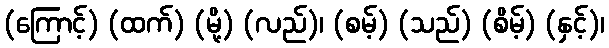
(ကြောင့်) (ထက်) (မို့) (လည်)၊ (စမ့်) (သည်) (စိမ့်) (နှင့်)၊